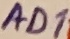
Text: AD1